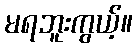
မရဘူးကွယ့်။